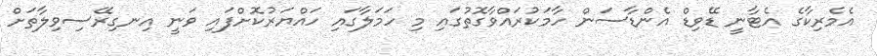
އެމެރިކާގެ އެޓާނީ ޑޭވިޑް އެންޑާސަން ހާމަކުރައްވާގޮތުގައި މި ހަމަލާގައި ހައްޔަރުކޮށްފައި ވަނީ އިނގިރޭސިވިލާތަށް